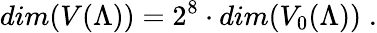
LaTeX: dim(V(\Lambda))=2^{8}\cdot dim(V_{0}(\Lambda))\; .